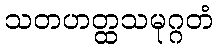
သတဟတ္ထသမုဂ္ဂတံ